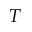
T